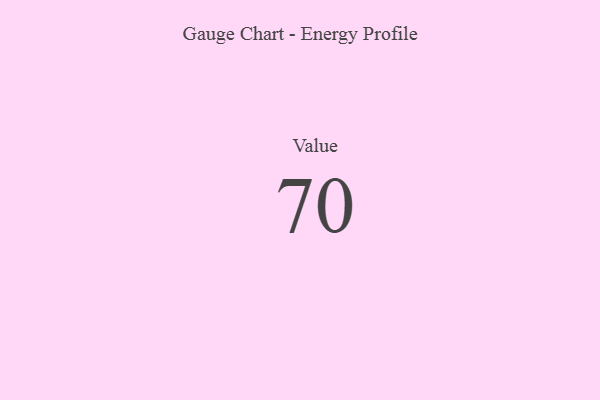
{"axis": {"x": "Metric", "y": "Value"}, "legend": [""], "data": [{"x": "Value", "y": 70, "type": ""}]}